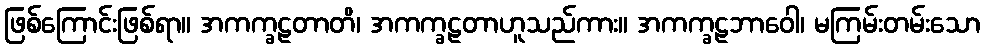
ဖြစ်ကြောင်းဖြစ်ရာ။ အကက္ခဠတာတိ၊ အကက္ခဠတာဟူသည်ကား။ အကက္ခဠဘာဝေါ၊ မကြမ်းတမ်းသော